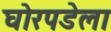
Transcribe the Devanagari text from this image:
घोरपडेला